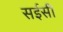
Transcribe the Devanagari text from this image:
सईसी